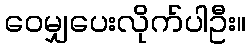
ဝေမျှပေးလိုက်ပါဦး။